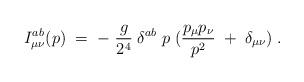
LaTeX: \begin{align*}I_{\mu \nu}^{a b} (p)\;=\;-\; \frac{g}{2^4} \;\delta^{a b} \;p\;(\frac{p_{\mu} p_{\nu}}{p^2} \;+\;\delta_{\mu \nu} ) \;.\end{align*}